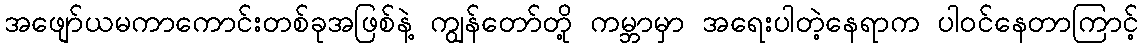
အဖျော်ယမကာကောင်းတစ်ခုအဖြစ်နဲ့ ကျွန်တော်တို့ ကမ္ဘာမှာ အရေးပါတဲ့နေရာက ပါဝင်နေတာကြာင့်